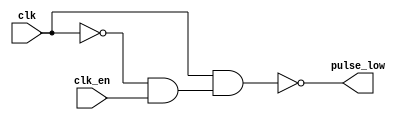
module pulseGenerator (input clk,
                       input clk_en, // hign enables the pulse 
                       output pulse_low // pulse goes low
                       );
    
    // NEEDED FOR SHORT /WE PULSE ON RISING EDGE OF CLOCK FOR
    // 74HCT670 WHOSE MIN write pulse width is 20ns.
    // HOW IN PRACTICE? RC? OR MORE GATES AS SHOWN HERE?

    // Using 74HCT00 NAND
    // https://assets.nexperia.com/documents/data-sheet/74HC_HCT00.pdf
    // tPD 10ns gives a 30ns pulse
    parameter tPD = 10;
    
    wire gclk;
    wire not_gclk;
    wire not_clk;

    nand #(tPD) n1(not_clk, clk);
    nand #(tPD) n2(gclk, not_clk, clk_en);
    nand #(tPD) n3(not_gclk, gclk);
    nand #(tPD) n4(pulse_low, clk , not_gclk);

    
endmodule